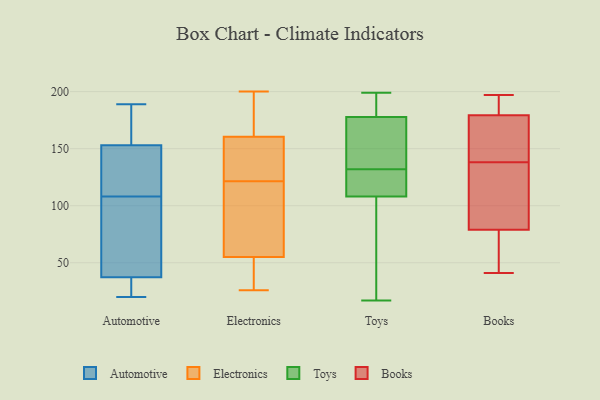
{"axis": {"x": "Website Visitors", "y": "Value"}, "legend": ["Automotive", "Books", "Electronics", "Toys"], "data": [{"x": "", "y": 162, "type": "Automotive"}, {"x": "", "y": 29, "type": "Automotive"}, {"x": "", "y": 150, "type": "Automotive"}, {"x": "", "y": 20, "type": "Automotive"}, {"x": "", "y": 181, "type": "Automotive"}, {"x": "", "y": 22, "type": "Automotive"}, {"x": "", "y": 108, "type": "Automotive"}, {"x": "", "y": 40, "type": "Automotive"}, {"x": "", "y": 124, "type": "Automotive"}, {"x": "", "y": 91, "type": "Automotive"}, {"x": "", "y": 189, "type": "Automotive"}, {"x": "", "y": 40, "type": "Automotive"}, {"x": "", "y": 110, "type": "Automotive"}, {"x": "", "y": 27, "type": "Electronics"}, {"x": "", "y": 184, "type": "Electronics"}, {"x": "", "y": 45, "type": "Electronics"}, {"x": "", "y": 82, "type": "Electronics"}, {"x": "", "y": 114, "type": "Electronics"}, {"x": "", "y": 129, "type": "Electronics"}, {"x": "", "y": 200, "type": "Electronics"}, {"x": "", "y": 155, "type": "Electronics"}, {"x": "", "y": 26, "type": "Electronics"}, {"x": "", "y": 136, "type": "Electronics"}, {"x": "", "y": 65, "type": "Electronics"}, {"x": "", "y": 166, "type": "Electronics"}, {"x": "", "y": 183, "type": "Toys"}, {"x": "", "y": 138, "type": "Toys"}, {"x": "", "y": 192, "type": "Toys"}, {"x": "", "y": 180, "type": "Toys"}, {"x": "", "y": 107, "type": "Toys"}, {"x": "", "y": 123, "type": "Toys"}, {"x": "", "y": 75, "type": "Toys"}, {"x": "", "y": 108, "type": "Toys"}, {"x": "", "y": 110, "type": "Toys"}, {"x": "", "y": 176, "type": "Toys"}, {"x": "", "y": 108, "type": "Toys"}, {"x": "", "y": 199, "type": "Toys"}, {"x": "", "y": 132, "type": "Toys"}, {"x": "", "y": 17, "type": "Toys"}, {"x": "", "y": 147, "type": "Toys"}, {"x": "", "y": 117, "type": "Toys"}, {"x": "", "y": 177, "type": "Toys"}, {"x": "", "y": 87, "type": "Books"}, {"x": "", "y": 185, "type": "Books"}, {"x": "", "y": 197, "type": "Books"}, {"x": "", "y": 41, "type": "Books"}, {"x": "", "y": 138, "type": "Books"}, {"x": "", "y": 172, "type": "Books"}, {"x": "", "y": 78, "type": "Books"}, {"x": "", "y": 71, "type": "Books"}, {"x": "", "y": 82, "type": "Books"}, {"x": "", "y": 55, "type": "Books"}, {"x": "", "y": 174, "type": "Books"}, {"x": "", "y": 181, "type": "Books"}, {"x": "", "y": 193, "type": "Books"}, {"x": "", "y": 173, "type": "Books"}, {"x": "", "y": 102, "type": "Books"}]}